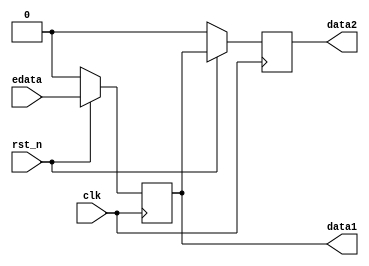
module latency(clk, rst_n, edata, data1, data2);

	input clk, rst_n;
	input	edata;
	output reg data2;
	output reg data1;
	
	always @ (posedge clk)
	begin
		if(!rst_n)
			begin
				data1<=0;
				data2<=0;
			end
		else
			begin
				data1<=edata;
				data2<=data1;
			end
	end
endmodule